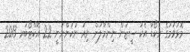
މޮޅުވުމުގެ ރެކޯޑާ އެކު ސީޒަން ނިންމާލަން ނިއު ނުކުންނަނީ 22 އޮކްޓޯބަރ 2013